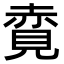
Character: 𧹦